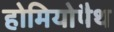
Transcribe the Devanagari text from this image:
होमियोपैथ